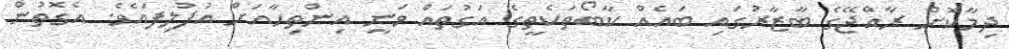
ދިމާކޮށް ރާއްޖޭގެ ބާޒާރުގައި ބައެއް ކާބޯތަކެތީގެ އަގުތައް ވަނީ އިންތިހާއަށް އުފުލިފައެވެ. އެގޮތުން